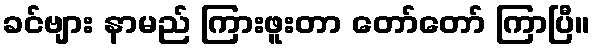
ခင်ဗျား နာမည် ကြားဖူးတာ တော်တော် ကြာပြီ။